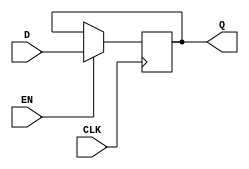
module gated_d_latch(
    input D,
    input CLK,
    input EN,
    output reg Q
);

always @(posedge CLK) begin
    if (EN == 1'b1) begin
        Q <= D;
    end
end

endmodule